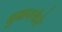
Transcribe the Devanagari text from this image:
बुक्कनकेरे